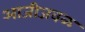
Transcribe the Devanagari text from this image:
आजीजवळ